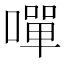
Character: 嘽